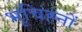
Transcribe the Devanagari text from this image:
भूचिह्नों